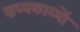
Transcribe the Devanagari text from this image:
श्रव्यकाव्यों